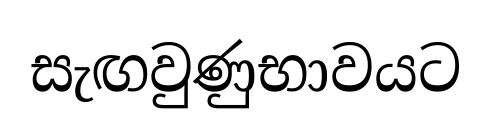
සැඟවුණුභාවයට